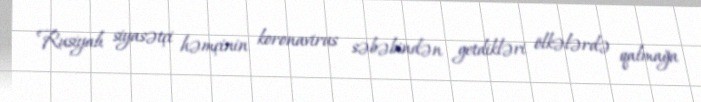
Rusiyalı siyasətçi həmçinin koronavirus səbəbindən getdikləri ölkələrdə qalmağa